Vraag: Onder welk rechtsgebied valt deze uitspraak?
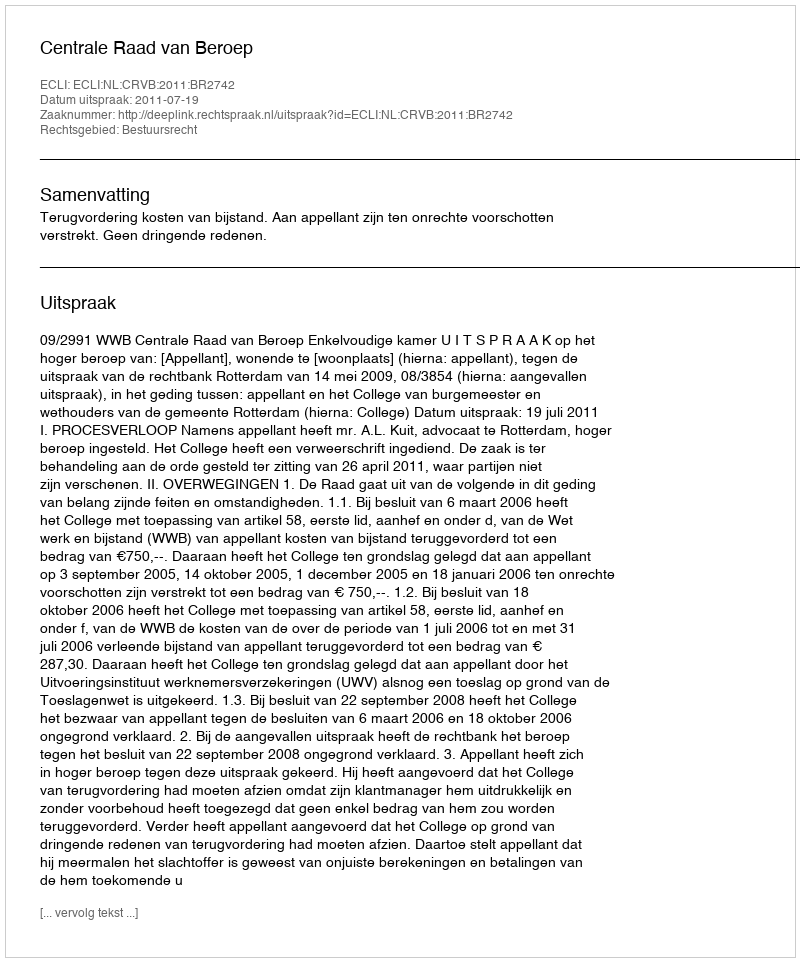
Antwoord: Bestuursrecht